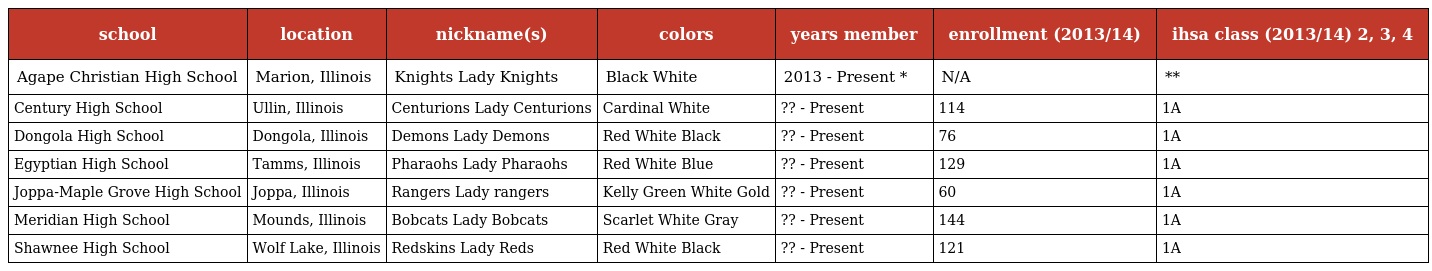
| school | location | nickname(s) | colors | years member | enrollment (2013/14) | ihsa class (2013/14) 2, 3, 4 |
 | --- | --- | --- | --- | --- | --- | --- |
 | Agape Christian High School | Marion, Illinois | Knights Lady Knights | Black White | 2013 - Present * | N/A | ** |
 | Century High School | Ullin, Illinois | Centurions Lady Centurions | Cardinal White | ?? - Present | 114 | 1A |
 | Dongola High School | Dongola, Illinois | Demons Lady Demons | Red White Black | ?? - Present | 76 | 1A |
 | Egyptian High School | Tamms, Illinois | Pharaohs Lady Pharaohs | Red White Blue | ?? - Present | 129 | 1A |
 | Joppa-Maple Grove High School | Joppa, Illinois | Rangers Lady rangers | Kelly Green White Gold | ?? - Present | 60 | 1A |
 | Meridian High School | Mounds, Illinois | Bobcats Lady Bobcats | Scarlet White Gray | ?? - Present | 144 | 1A |
 | Shawnee High School | Wolf Lake, Illinois | Redskins Lady Reds | Red White Black | ?? - Present | 121 | 1A |